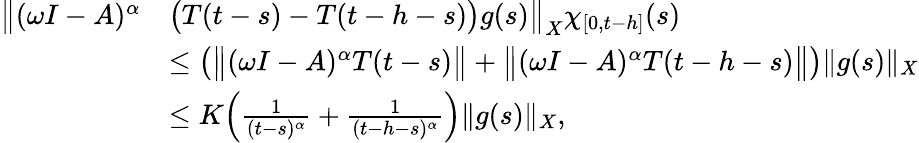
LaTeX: \begin{array}{rl}{\big\| (\omega I-A)^{\alpha}}&{\big(T(t-s)-T(t-h-s)\big)g(s)\big\| _{X}\chi_{[0,t-h]}(s)}\\ &{\leq\big(\big\| (\omega I-A)^{\alpha}T(t-s)\big\| +\big\| (\omega I-A)^{\alpha}T(t-h-s)\big\| \big)\| g(s)\| _{X}}\\ &{\leq K\Big(\frac{1}{(t-s)^{\alpha}}+\frac{1}{(t-h-s)^{\alpha}}\Big)\| g(s)\| _{X},}\end{array}